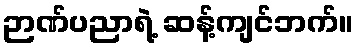
ဉာဏ်ပညာရဲ့ ဆန့်ကျင်ဘက်။